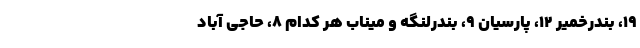
۱۹، بندرخمیر ۱۲، پارسیان ۹، بندرلنگه و میناب هر کدام ۸، حاجی آباد